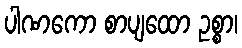
ပါဏကော စာပျထော ဥစ္စာ၊